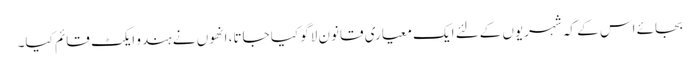
بجائے اس کے کہ شہریوں کےلئے ایک معیاری قانون لاگو کیا جاتا، انھوں نے ہندو ایکٹ قائم کیا۔